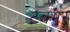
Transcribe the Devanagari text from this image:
टबभर